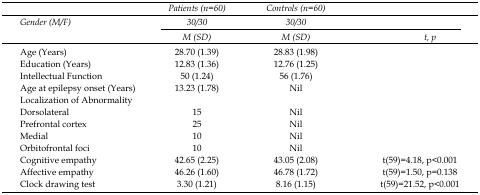
<table><thead><tr><td></td><td><b>Patients (n=60)</b></td><td><b>Controls (n=60)</b></td><td></td></tr><tr><td rowspan="3"><b>Gender (M/F)</b></td><td><b>30/30</b></td><td><b>30/30</b></td><td></td></tr><tr><td><b>M (SD)</b></td><td><b>M (SD)</b></td><td><b>t, p</b></td></tr></thead><tbody><tr><td>Age (Years)</td><td>28.70 (1.39)</td><td>28.83 (1.98)</td><td></td></tr><tr><td>Education (Years)</td><td>12.83 (1.36)</td><td>12.76 (1.25)</td><td></td></tr><tr><td>Intellectual Function</td><td>50 (1.24)</td><td>56 (1.76)</td><td></td></tr><tr><td>Age at epilepsy onset (Years)</td><td>13.23 (1.78)</td><td>Nil</td><td></td></tr><tr><td>Localization of Abnormality</td><td></td><td></td><td></td></tr><tr><td>Dorsolateral</td><td>15</td><td>Nil</td><td></td></tr><tr><td>Prefrontal cortex</td><td>25</td><td>Nil</td><td></td></tr><tr><td>Medial</td><td>10</td><td>Nil</td><td></td></tr><tr><td>Orbitofrontal foci</td><td>10</td><td>Nil</td><td></td></tr><tr><td>Cognitive empathy</td><td>42.65 (2.25)</td><td>43.05 (2.08)</td><td>t(59)=4.18, p&lt;0.001</td></tr><tr><td>Affective empathy</td><td>46.26 (1.60)</td><td>46.78 (1.72)</td><td>t(59)=1.50, p=0.138</td></tr><tr><td>Clock drawing test</td><td>3.30 (1.21)</td><td>8.16 (1.15)</td><td>t(59)=21.52, p&lt;0.001</td></tr></tbody></table>